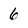
Character: 6